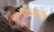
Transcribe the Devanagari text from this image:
चट्टोपाध्यायके